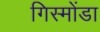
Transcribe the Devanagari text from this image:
गिस्मोंडा